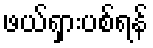
ဖယ်ရှားပစ်ရန်